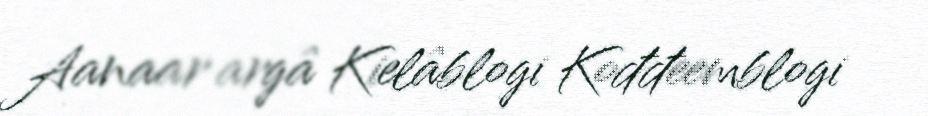
Aanaar argâ Kielâblogi Kođđeemblogi